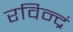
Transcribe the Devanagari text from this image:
रविन्द्रं